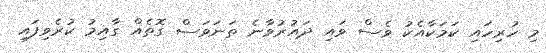
މި ހުރިހައި ކަމަކާއެކު ވެސް ވައި ދައުރުވާނެ ތަނަވަސް ގޮތެއް ގާއިމު ކުރެވިފައި